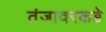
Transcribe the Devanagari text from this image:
तंजावरकडे